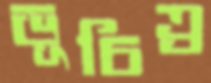
ভূচিত্র